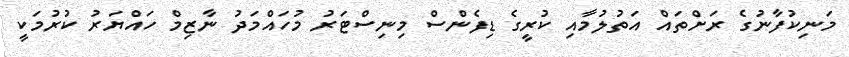
މަނިކުފާނުގެ ރަށްތައް އަތުލުމާއި ކުރީގެ ޑިފެންސް މިނިސްޓަރު މުހައްމަދު ނާޒިމް ހައްޔަރު ކުރުމަކީ